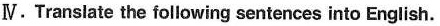
Ⅳ.Translate the following sentences into English.